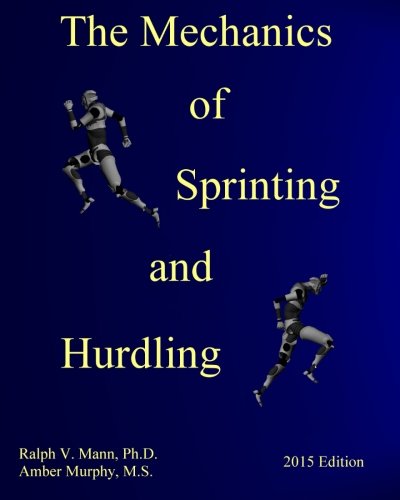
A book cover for The Mechanics of Sprinting and Hurdling: 2015 Edition; Ralph Mann Ph.D.; Sports & Outdoors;